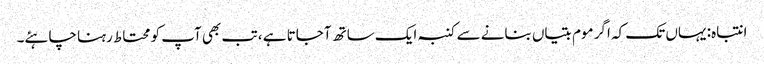
انتباہ: یہاں تک کہ اگر موم بتیاں بنانے سے کنبہ ایک ساتھ آجاتا ہے ، تب بھی آپ کو محتاط رہنا چاہئے۔